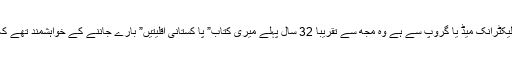
کالر نے مجھے بتایا کہ ان کا تعلق ایک الیکٹرانک میڈ یا گروپ سے ہے وہ مجھ سے تقریبا 32 سال پہلے میری کتاب” پا کستانی اقلیتیں” بارے جاننے کے خواہشمند تھے کہ اب یہ کتاب کس بک سٹال پر ملے گی ۔